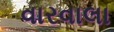
વારવાલા